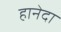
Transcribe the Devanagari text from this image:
हानेदा